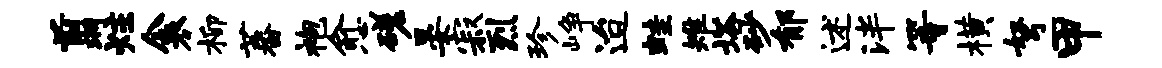
翦炷衾柳蕃袍愈磋晏寂烈珍峥迨蛙雉塔砂郁述泮等横弩甲